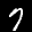
Label: 7